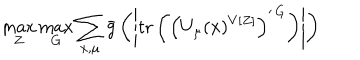
LaTeX: \max _ { Z } \max _ { G } \sum _ { x , \mu } \bar { g } \left( \left| \mathrm { t r } \left( \left( U _ { \mu } ( x ) ^ { V [ Z ] } \right) ^ { \prime \, G } \right) \right| \right)